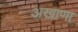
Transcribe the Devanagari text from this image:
अखाणा